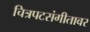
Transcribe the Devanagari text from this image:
चित्रपटसंगीतावर